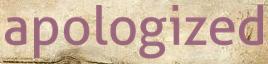
apologized